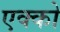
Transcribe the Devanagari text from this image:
एक्को